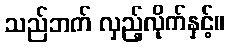
သည်ဘက် လှည့်လိုက်နှင့်။